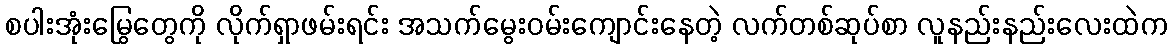
စပါးအုံးမြွေတွေကို လိုက်ရှာဖမ်းရင်း အသက်မွေးဝမ်းကျောင်းနေတဲ့ လက်တစ်ဆုပ်စာ လူနည်းနည်းလေးထဲက